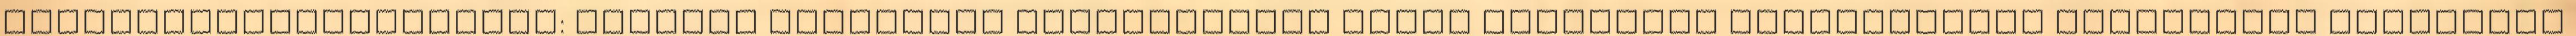
szennyvízcsatornázása: Börgönd városrész csatornázása Csala városrész csatornázása Feketehegy városrész